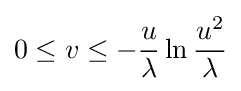
0\leq v\leq -{\frac {u}{\lambda }}\ln {\frac {u^{2}}{\lambda }}